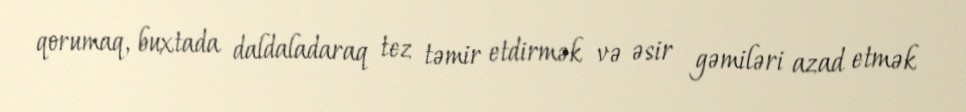
qorumaq, buxtada daldaladaraq tez təmir etdirmək və əsir gəmiləri azad etmək